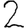
Digit: 2